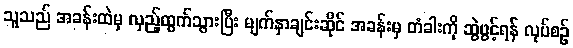
သူသည် အခန်းထဲမှ လှည့်ထွက်သွားပြီး မျက်နှာချင်းဆိုင် အခန်းမှ တံခါးကို ဆွဲဖွင့်ရန် လုပ်စဉ်